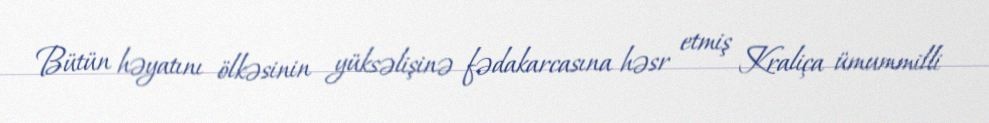
Bütün həyatını ölkəsinin yüksəlişinə fədakarcasına həsr etmiş Kraliça ümummilli